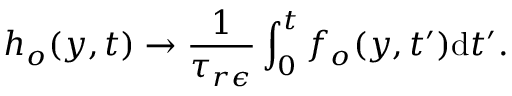
h _ { o } ( y , t ) \rightarrow \frac { 1 } { \tau _ { r \epsilon } } \int _ { 0 } ^ { t } { f _ { o } ( y , t ^ { \prime } ) \mathrm { d } t ^ { \prime } } .